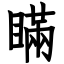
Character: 瞞